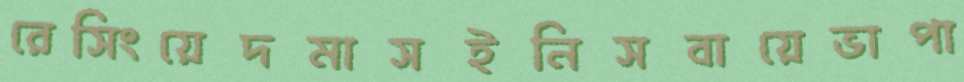
রেসিংয়েদমাসইনিসবায়েভাপা